Madras plague regulations and rules for district municipalities and other towns and villages
Disease focus: Plague
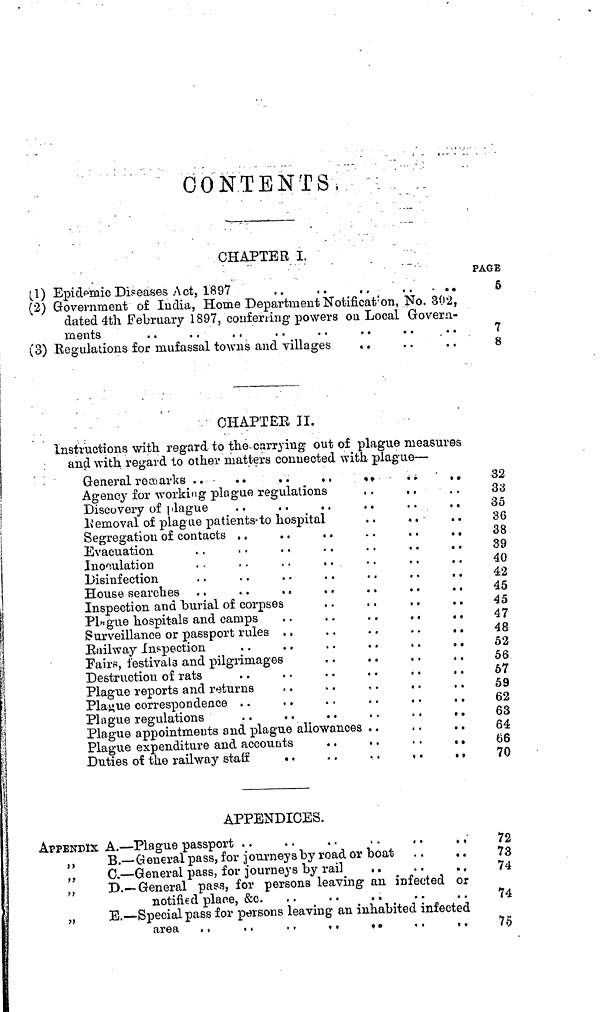
CONTENTS,
CHAPTER I.
(1) Epidemic Diseases Act, 1897 .. .. .. .. ..
(2) Government of India, Home Department Notificaron, Ño, 302,
dated 4th February 1897, conferring powers o a Local Govern-
ments
..
..
..
..
..
..
..
..
(3) Regulations for mufassal towns and villages .. .. .. .. ..
?AGB
5
7
8
CHAPTER II.
Instructions with regard to the carrying out of plague measures
and with regard to other matters connected with plague—
APPENDICES.
APPENDIX A. — Plague passport
,"
, ,
B. — G eueral pass, for j ourneys by road or boat , .
, .
,,
C. — General pass, for journeys by rail
„
D.— General pass, for persons leaving an infected or
notified place, &c.
„
E. — Special pass for persons leaving an inhabited infected
72
73
74
74
75
Agency for working plague regulations
L' emoval of plague patients- to hospital
..
,.
Evacuation
. ,
. .
. ,
. .
. .
. .
, ,
Inoculation
House searches . .
. .
. ,
. .
. .
, .
, .
Inspection and burial of corpses
Plague hospitals and camps
Surveillance or passport rules . ,
, .
. .
. .
. .
Railway Inspection
. .
. .
, .
. .
. .
, .
Pairs, i'estivala and pilgrimages
Destruction of rats
Plague reports and returns
Plague correspondence
Plague appointments and plague allowances
Plague expenditure and accounts
. .
. .
. .
. «
Duties of the railway staff
• .
. .
, .
, .
. ,
32
33
35
36
38
39
40
42
45
45
47
48
52
56
57
59
62
63
64
66
70